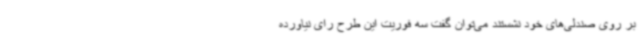
بر روی صندلی‌های خود نشستند می‌توان گفت سه فوریت این طرح رای نیاورده